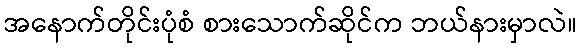
အနောက်တိုင်းပုံစံ စားသောက်ဆိုင်က ဘယ်နားမှာလဲ။